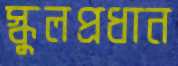
স্কুলপ্রধান